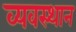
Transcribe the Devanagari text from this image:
व्यवस्थान